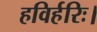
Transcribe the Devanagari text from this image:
हविर्हरिः।